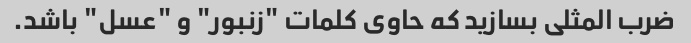
ضرب المثلی بسازید که حاوی کلمات "زنبور" و "عسل" باشد.